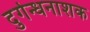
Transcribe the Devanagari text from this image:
दुर्गन्धनाशक